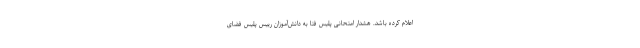
اعلام کرده باشد. هشدار امتحانی پلیس فتا به دانش‌آموزان رییس پلیس فضای